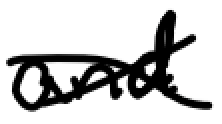
Text: and
Cross-out: cross
Writing tool: digital_black